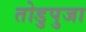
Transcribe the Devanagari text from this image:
तोडुपुजा